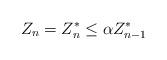
LaTeX: \begin{align*} Z_n = Z_n^* \leq \alpha Z^*_{n-1} \end{align*}